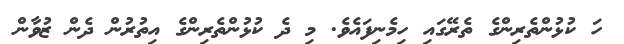
ހަ ކުޅުންތެރިންގެ ތެރޭގައި ހިމެނިފައެވެ. މި ދެ ކުޅުންތެރިންގެ އިތުރުން ދެން ޒުވާން